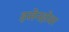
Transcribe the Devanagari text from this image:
इसेनहोवर